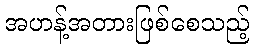
အဟန့်အတားဖြစ်စေသည့်